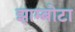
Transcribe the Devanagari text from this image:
झाम्ब्रोटा